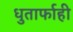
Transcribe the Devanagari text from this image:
धुतार्फाही